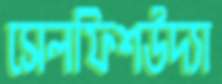
সেলফিশউদ্যা